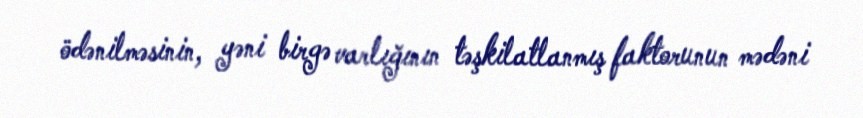
ödənilməsinin, yəni birgə varlığının təşkilatlanmış faktorunun mədəni